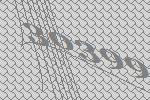
30399